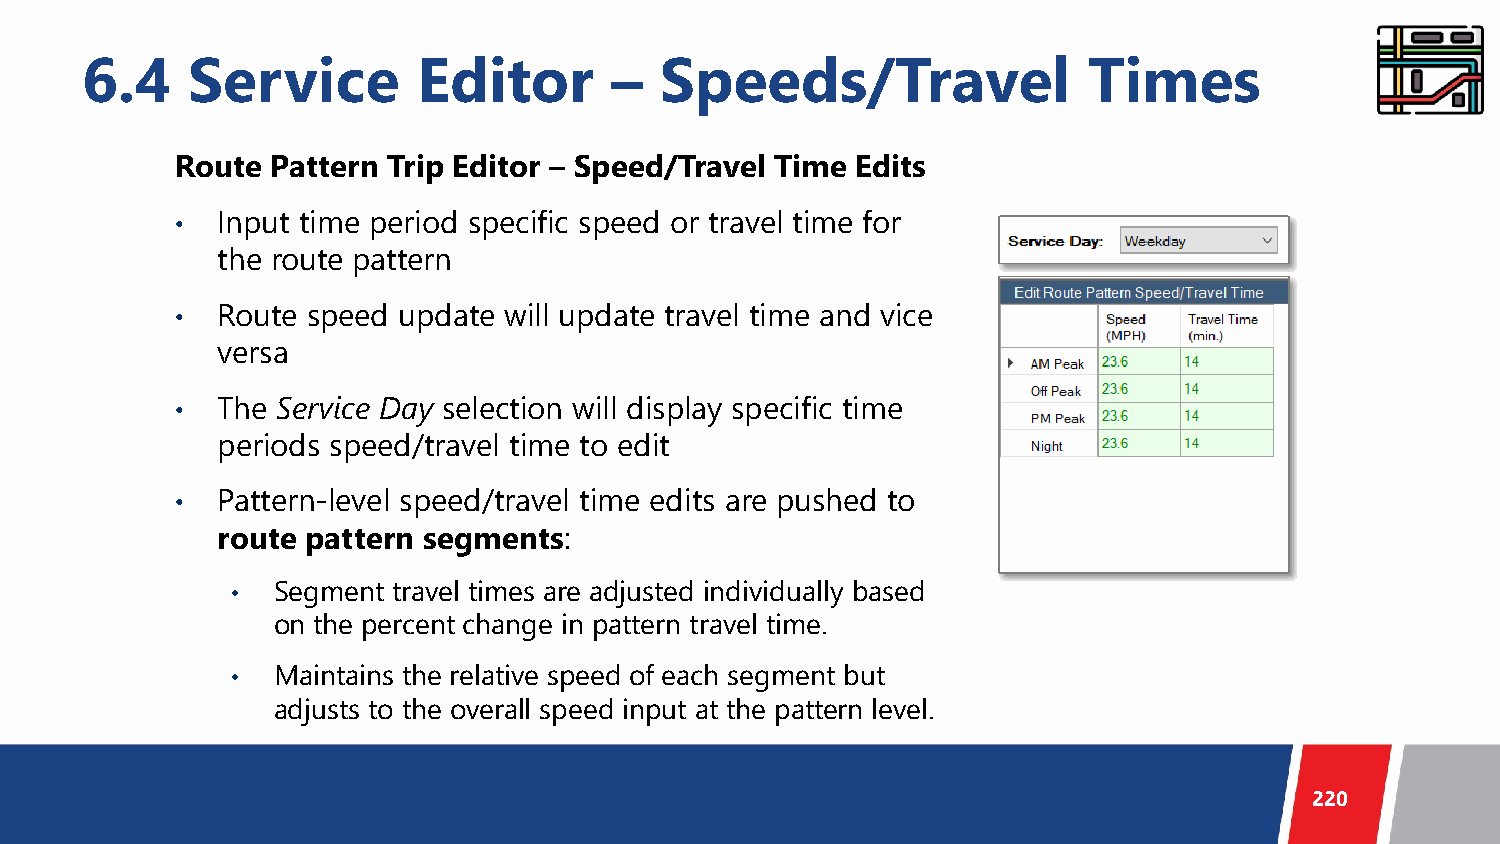
6.4    Service         Editor      –   Speeds/Travel               Times
 Route Pattern Trip Editor – Speed/Travel Time Edits
 • Input time period specific speed or travel time for
 the route pattern
 • Route speed update will update travel time and vice
 versa
 • The Service Day selection will display specific time
 periods speed/travel time to edit
 • Pattern-level speed/travel time edits are pushed to
 route pattern segments:
 •  Segment travel times are adjusted individually based
 on the percent change in pattern travel time.
 •  Maintains the relative speed of each segment but
 adjusts to the overall speed input at the pattern level.
 220